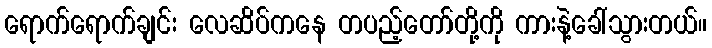
ရောက်ရောက်ချင်း လေဆိပ်ကနေ တပည့်တော်တို့ကို ကားနဲ့ခေါ်သွားတယ်။